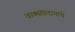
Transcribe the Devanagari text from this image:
वाक्संप्रदायांचे